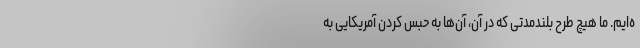
ه‌ایم. ما هیچ طرح بلندمدتی که در آن، آن‌ها به حبس کردن آمریکایی به